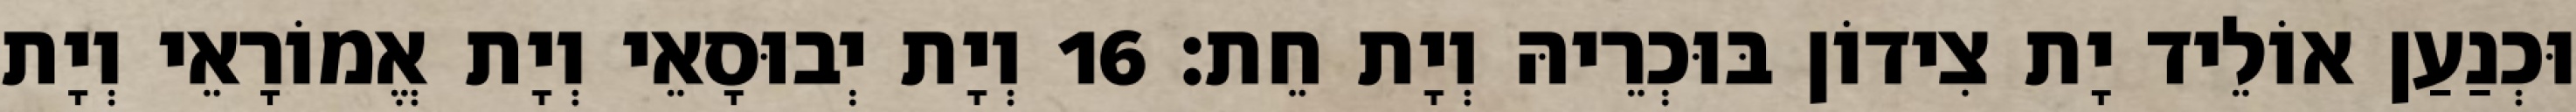
וּכְנַעַן אוֹלֵיד יָת צִידוֹן בּוּכְרֵיהּ וְיָת חֵת׃ 16 וְיָת יְבוּסָאֵי וְיָת אֱמוֹרָאֵי וְיָת